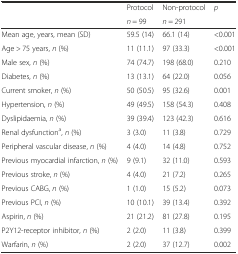
<table><thead><tr><td rowspan="2"></td><td><b>Protocol</b></td><td><b>Non-protocol</b></td><td rowspan="2"><b><i>p</i></b></td></tr><tr><td><b><i>n</i> = 99</b></td><td><b><i>n</i> = 291</b></td></tr></thead><tbody><tr><td>Mean age, years, mean (SD)</td><td>59.5 (14)</td><td>66.1 (14)</td><td>&lt;0.001</td></tr><tr><td>Age &gt; 75 years, <i>n</i> (%)</td><td>11 (11.1)</td><td>97 (33.3)</td><td>&lt;0.001</td></tr><tr><td>Male sex, <i>n</i> (%)</td><td>74 (74.7)</td><td>198 (68.0)</td><td>0.210</td></tr><tr><td>Diabetes, <i>n</i> (%)</td><td>13 (13.1)</td><td>64 (22.0)</td><td>0.056</td></tr><tr><td>Current smoker, <i>n</i> (%)</td><td>50 (50.5)</td><td>95 (32.6)</td><td>0.001</td></tr><tr><td>Hypertension, <i>n</i> (%)</td><td>49 (49.5)</td><td>158 (54.3)</td><td>0.408</td></tr><tr><td>Dyslipidaemia, <i>n</i> (%)</td><td>39 (39.4)</td><td>123 (42.3)</td><td>0.616</td></tr><tr><td>Renal dysfunction<sup>a</sup>, <i>n</i> (%)</td><td>3 (3.0)</td><td>11 (3.8)</td><td>0.729</td></tr><tr><td>Peripheral vascular disease, <i>n</i> (%)</td><td>4 (4.0)</td><td>14 (4.8)</td><td>0.752</td></tr><tr><td>Previous myocardial infarction, <i>n</i> (%)</td><td>9 (9.1)</td><td>32 (11.0)</td><td>0.593</td></tr><tr><td>Previous stroke, <i>n</i> (%)</td><td>4 (4.0)</td><td>21 (7.2)</td><td>0.265</td></tr><tr><td>Previous CABG, <i>n</i> (%)</td><td>1 (1.0)</td><td>15 (5.2)</td><td>0.073</td></tr><tr><td>Previous PCI, <i>n</i> (%)</td><td>10 (10.1)</td><td>39 (13.4)</td><td>0.392</td></tr><tr><td>Aspirin, <i>n</i> (%)</td><td>21 (21.2)</td><td>81 (27.8)</td><td>0.195</td></tr><tr><td>P2Y12-receptor inhibitor, <i>n</i> (%)</td><td>2 (2.0)</td><td>11 (3.8)</td><td>0.399</td></tr><tr><td>Warfarin, <i>n</i> (%)</td><td>2 (2.0)</td><td>37 (12.7)</td><td>0.002</td></tr></tbody></table>